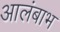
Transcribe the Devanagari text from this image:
आलंबाभ